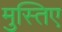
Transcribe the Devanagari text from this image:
मुस्तिए